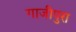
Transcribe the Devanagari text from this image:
गाजीपुरा